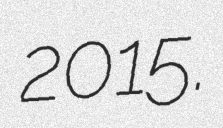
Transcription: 2015.